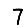
Digit: 7